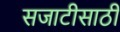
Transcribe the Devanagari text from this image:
सजाटीसाठी